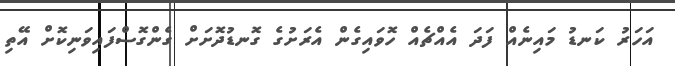
އަހަރު ކަނޑު މައިނެއް ފަދަ އެއްޗެއް ހޮވައިގެން އެރަށުގެ ގޮނޑުދޮށަށް ގެންގޮސްފައިވަނިކޮށް އޭތި